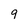
Character: 9